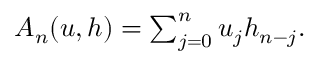
\begin{array} { r } { A _ { n } ( u , h ) = \sum _ { j = 0 } ^ { n } u _ { j } h _ { n - j } . } \end{array}